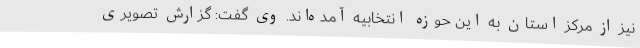
نیز از مرکز استان به این حوزه انتخابیه آمده‌اند. وی گفت: گزارش تصویری